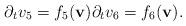
LaTeX: \begin{align*} \partial_t v_5 = f_5({\bf v}) \partial_t v_6 = f_6({\bf v}).\end{align*}